Report of the Indian Hemp Drugs Commission, 1894-1895 - Volume IV
Year: 1894
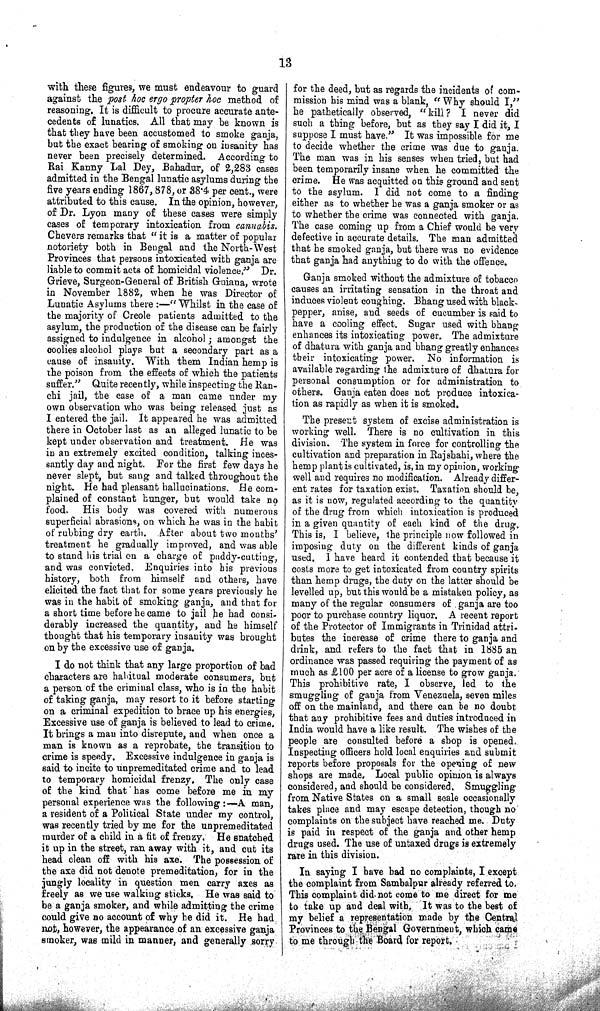
13
with these figures, we must endeavour to guard
against the post hoc ergo propter hoc method of
reasoning. It is difficult to procure accurate ante-
cedents of lunatics. All that may be known is
that they have been accustomed to smoke ganja,
but the exact bearing of smoking on insanity has
never been precisely determined. According to
Rai Kanny Lal Dey, Bahadur, of 2,283 cases
admitted in the Bengal lunatic asylums during the
five years ending 1867, 878, or 38·4 per cent., were
attributed to this cause. In the opinion, however,
of Dr. Lyon many of these cases were simply
cases of temporary intoxication from cannabis.
Chevers remarks that "it is a matter of popular
notoriety both in Bengal and the North-West
Provinces that persons intoxicated with ganja are
liable to commit acts of homicidal violence," Dr.
Grieve, Surgeon-General of British Guiana, wrote
in November 1882, when he was Director of
Lunatic Asylums there:—" Whilst in the case of
the majority of Creole patients admitted to the
asylum, the production of the disease can be fairly
assigned to indulgence in alcohol; amongst the
coolies alcohol plays but a secondary part as a
cause of insanity. With them Indian hemp is
the poison from the effects of which the patients
suffer." Quite recently, while inspecting the Ran-
chi jail, the case of a man came under my
own observation who was being released just as
I entered the jail. It appeared he was admitted
there in October last as an alleged lunatic to be
kept under observation and treatment. He was
in an extremely excited condition, talking inces-
santly day and night. For the first few days he
never slept, but sang and talked throughout the
night. He had pleasant hallucinations. He com-
plained of constant hunger, but would take no
food. His body was covered with numerous
superficial abrasions, on which he was in the habit
of rubbing dry earth. After about two months'
treatment he gradually improved, and was able
to stand his trial on a charge of paddy-cutting,
and was convicted. Enquiries into his previous
history, both from himself and others, have
elicited the fact that for some years previously he
was in the habit of smoking ganja, and that for
a short time before he came to jail he had consi-
derably increased the quantity, and he himself
thought that his temporary insanity was brought
on by the excessive use of ganja.
I do not think that any large proportion of bad
characters are habitual moderate consumers, but
a person of the criminal class, who is in the habit
of taking ganja, may resort to it before starting
on a criminal expedition to brace up his energies,
Excessive use of ganja is believed to lead to crime.
It brings a man into disrepute, and when once a
man is known as a reprobate, the transition to
crime is speedy. Excessive indulgence in ganja is
said to incite to unpremeditated crime and to lead
to temporary homicidal frenzy. The only case
of the kind that has come before me in my
personal experience was the following:—A man,
a resident of a Political State under my control,
was recently tried by me for the unpremeditated
murder of a child in a fit of frenzy. He snatched
it up in the street, ran away with it, and cut its
head clean off with his axe. The possession of
the axe did not denote premeditation, for in the
jungly locality in question men carry axes as
freely as we use walking sticks. He was said to
be a ganja smoker, and while admitting the crime
could give no account of why he did it. He had
not, however, the appearance of an excessive ganja
smoker, was mild in manner, and generally sorry
for the deed, but as regards the incidents of com-
mission his mind was a blank, "Why should I,"
he pathetically observed, "kill? I never did
such a thing before, but as they say I did it, I
suppose I must have." It was impossible for me
to decide whether the crime was due to ganja.
The man was in his senses when tried, but had
been temporarily insane when he committed the
crime. He was acquitted on this ground and sent
to the asylum. I did not come to a finding
either as to whether he was a ganja smoker or as
to whether the crime was connected with ganja.
The case coming up from a Chief would be very
defective in accurate details. The man admitted
that he smoked ganja, but there was no evidence
that ganja had anything to do with the offence.
Ganja smoked without the admixture of tobacco
causes an irritating sensation in the throat and
induces violent coughing. Bhang used with black-
pepper, anise, and seeds of cucumber is said to
have a cooling effect. Sugar used with bhang
enhances its intoxicating power. The admixture
of dhatura with ganja and bhang greatly enhances
their intoxicating power. No information is
available regarding the admixture of dhatura for
personal consumption or for administration to
others. Ganja eaten does not produce intoxica-
tion as rapidly as when it is smoked.
The present system of excise administration is
working well. There is no cultivation in this
division. The system in force for controlling the
cultivation and preparation in Rajshahi, where the
hemp plant is cultivated, is, in my opinion, working
well and requires no modification. Already differ-
ent rates for taxation exist. Taxation should be,
as it is now, regulated according to the quantity
of the drug from which intoxication is produced
in a given quantity of each kind of the drug.
This is, I believe, the principle now followed in
imposing duty on the different kinds of ganja
used. I have heard it contended that because it
costs more to get intoxicated from country spirits
than hemp drugs, the duty on the latter should be
levelled up, but this would be a mistaken policy, as
many of the regular consumers of ganja are too
poor to purchase country liquor. A recent report
of the Protector of Immigrants in Trinidad attri-
butes the increase of crime there to ganja and
drink, and refers to the fact that in 1885 an
ordinance was passed requiring the payment of as
much as £100 per acre of a license to grow ganja.
This prohibitive rate, I observe, led to the
smuggling of ganja from Venezuela, seven miles
off on the mainland, and there can be no doubt
that any prohibitive fees and duties introduced in
India would have a like result. The wishes of the
people are consulted before a shop is opened.
Inspecting officers hold local enquiries and submit
reports before proposals for the opening of new
shops are made. Local public opinion is always
considered, and should be considered. Smuggling
from Native States on a small scale occasionally
takes place and may escape detection, though no
complaints on the subject have reached me. Duty
is paid in respect of the ganja and other hemp
drugs used. The use of untaxed drugs is extremely
rare in this division.
In saying I have bad no complaints, I except
the complaint from Sambalpur already referred to
This complaint did not come to me direct for me
to take up and deal with. It was to the best of
my belief a representation made by the Central
Provinces to the Bengal Government, which came
to me through the Board for report.